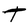
Character: t